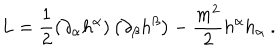
L = \frac { 1 } { 2 } \left( \partial _ { \alpha } h ^ { \alpha } \right) \left( \partial _ { \beta } h ^ { \beta } \right) - \frac { m ^ { 2 } } { 2 } h ^ { \alpha } h _ { \alpha } \ .